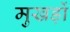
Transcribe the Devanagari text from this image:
मुखड़ों